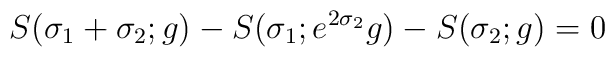
S(\sigma_{1} + \sigma_{2}; g) - S(\sigma_{1}; e^{2\sigma_{2}}g) -S(\sigma_{2}; g)= 0